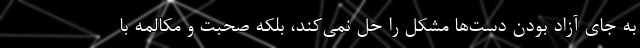
به جای آزاد بودن دست‌ها مشکل را حل نمی‌کند، بلکه صحبت و مکالمه با